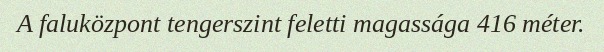
A faluközpont tengerszint feletti magassága 416 méter.